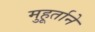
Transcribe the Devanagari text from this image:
मुहूर्ताने